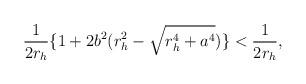
LaTeX: \begin{align*}\frac{1}{2r_h} \{1+2b^2(r_{h}^2- \sqrt{r_{h}^4+a^4}) \} < \frac{1}{2r_h},\end{align*}